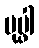
ပုပ္ဖါ